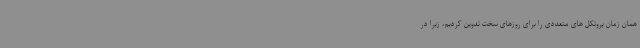
همان زمان پروتکل های متعددی را برای روزهای سخت تدوین کردیم، زیرا در